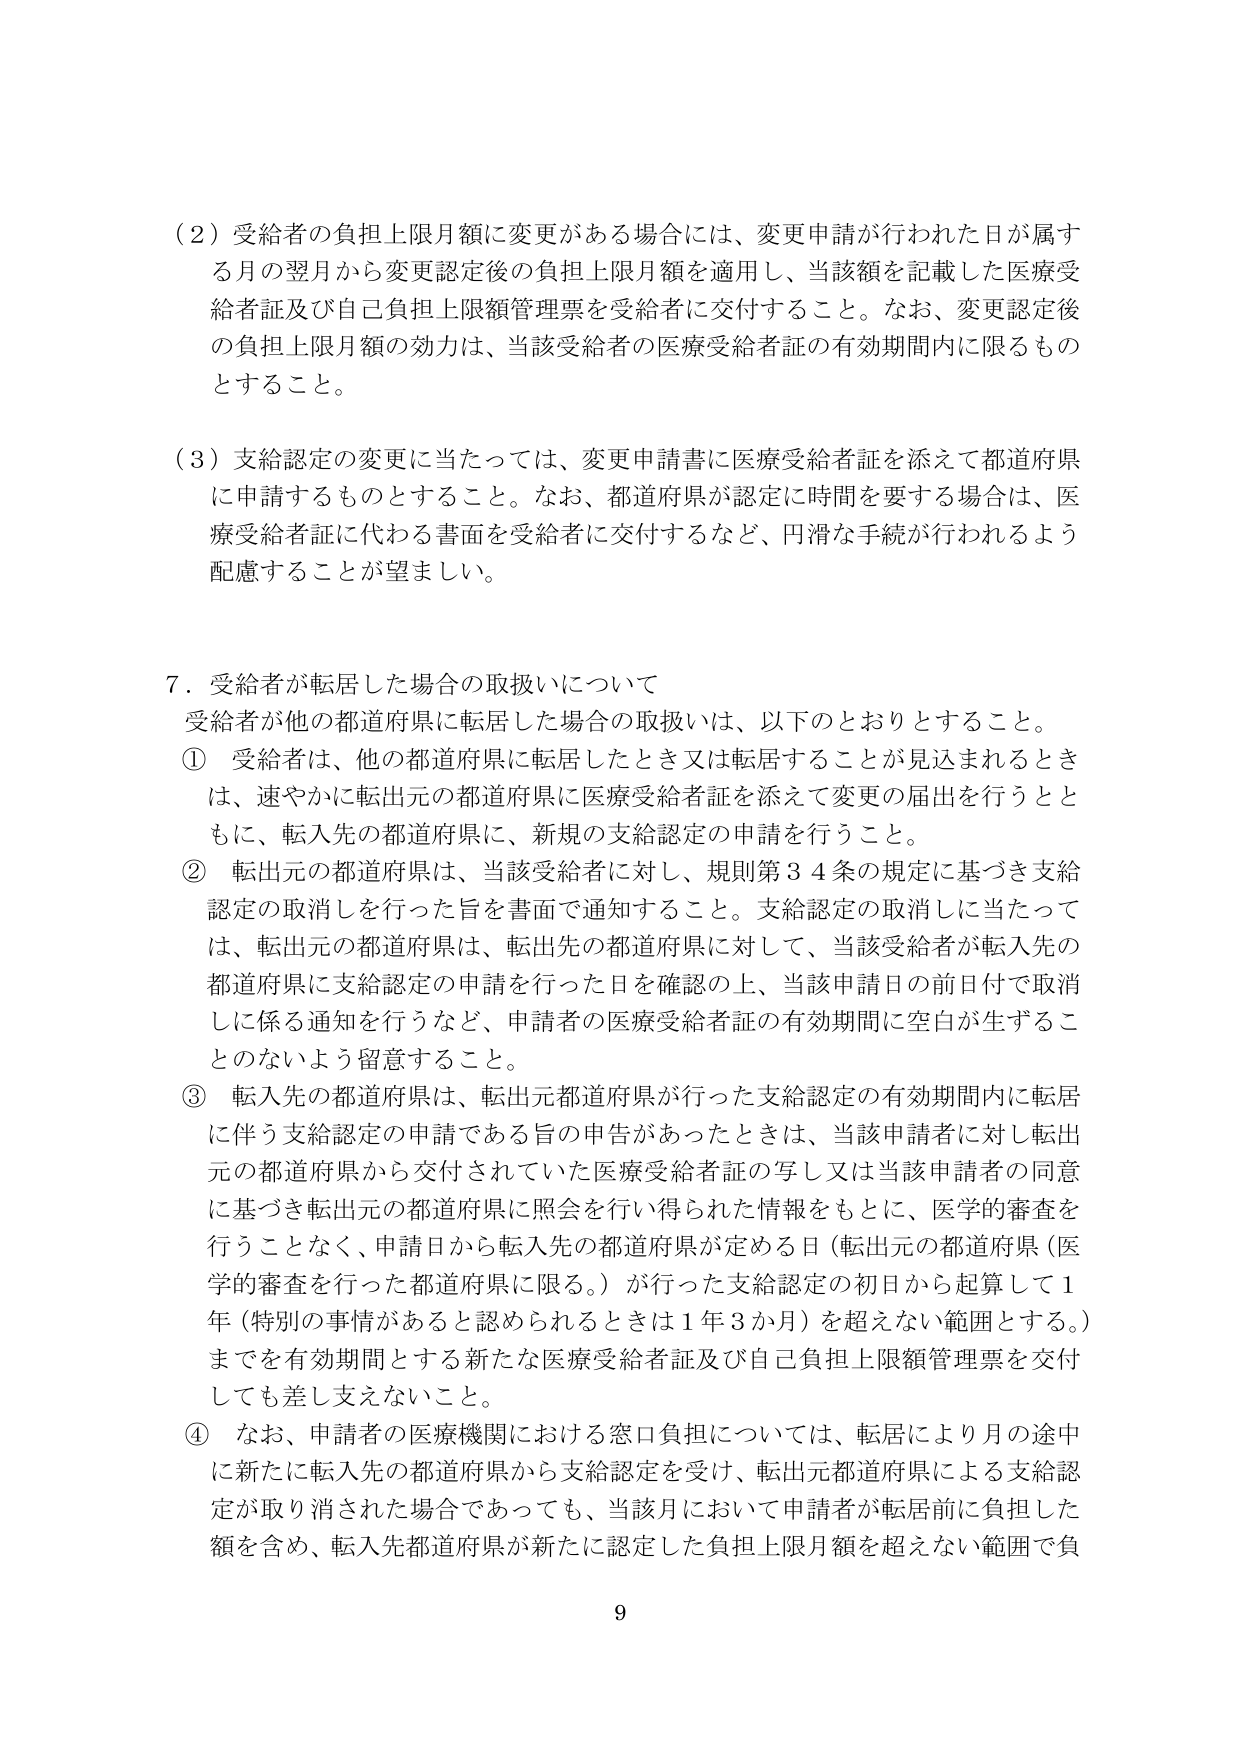
（２）受給者の負担上限月額に変更がある場合には、変更申請が行われた日が属する月の翌月から変更認定後の負担上限月額を適用し、当該額を記載した医療受給者証及び自己負担上限額管理票を受給者に交付すること。なお、変更認定後の負担上限月額の効力は、当該受給者の医療受給者証の有効期間内に限るものとすること。

（３）支給認定の変更に当たっては、変更申請書に医療受給者証を添えて都道府県に申請するものとすること。なお、都道府県が認定に時間を要する場合は、医療受給者証に代わる書面を受給者に交付するなど、円滑な手続が行われるよう配慮することが望ましい。

７．受給者が転居した場合の取扱いについて
受給者が他の都道府県に転居した場合の取扱いは、以下のとおりとすること。
① 受給者は、他の都道府県に転居したとき又は転居することが見込まれるときは、速やかに転出元の都道府県に医療受給者証を添えて変更の届出を行うとともに、転入先の都道府県に、新規の支給認定の申請を行うこと。
② 転出元の都道府県は、当該受給者に対し、規則第３４条の規定に基づき支給認定の取消しを行った旨を書面で通知すること。支給認定の取消しに当たっては、転出元の都道府県は、転出先の都道府県に対して、当該受給者が転入先の都道府県に支給認定の申請を行った日を確認の上、当該申請日の前日付で取消しに係る通知を行うなど、申請者の医療受給者証の有効期間に空白が生ずることのないよう留意すること。
③ 転入先の都道府県は、転出元都道府県が行った支給認定の有効期間内に転居に伴う支給認定の申請である旨の申告があったときは、当該申請者に対し転出元の都道府県から交付されていた医療受給者証の写し又は当該申請者の同意に基づき転出元の都道府県に照会を行い得られた情報をもとに、医学的審査を行うことなく、申請日から転入先の都道府県が定める日（転出元の都道府県（医学的審査を行った都道府県に限る。）が行った支給認定の初日から起算して１年（特別の事情があると認められるときは１年３か月）を超えない範囲とする。）までを有効期間とする新たな医療受給者証及び自己負担上限額管理票を交付しても差し支えないこと。
④ なお、申請者の医療機関における窓口負担については、転居により月の途中に新たに転入先の都道府県から支給認定を受け、転出元都道府県による支給認定が取り消された場合であっても、当該月において申請者が転居前に負担した額を含め、転入先都道府県が新たに認定した負担上限月額を超えない範囲で負

9